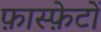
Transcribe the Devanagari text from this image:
फ़ास्फ़ेटों